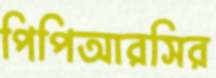
পিপিআরসির